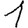
Digit: 1